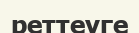
реттеуге